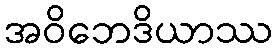
အဝိဘေဒိယာဿ